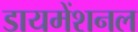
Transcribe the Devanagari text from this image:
डायमेंशनल